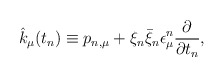
\begin{align*}\hat{k}_\mu(t_n)\equiv p_{n,\mu}+\xi_n\bar{\xi}_n\epsilon^n_\mu \frac{\partial}{\partial t_n},\end{align*}